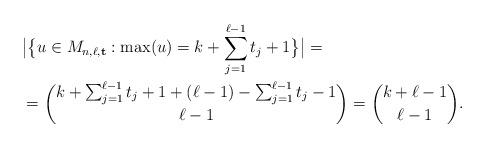
LaTeX: \begin{align*}&\big|\big\{u\in M_{n,\ell,{\bf t}}:\max(u)=k+\sum_{j=1}^{\ell-1}t_j+1\big\}\big| =\\ & =\binom{k+\sum_{j=1}^{\ell-1}t_j+1+(\ell-1)-\sum_{j=1}^{\ell-1}t_j-1}{\ell -1} = \binom{k+\ell-1}{\ell-1}.\end{align*}